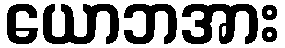
ယောဘအား